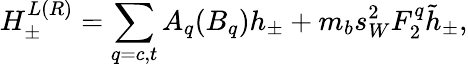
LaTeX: H_{\pm}^{L(R)}=\displaystyle\sum_{q=c,t}A_{q}(B_{q})h_{\pm}+m_{b}s_{W}^{2}F_{2}^{q}\tilde{h}_{\pm},